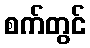
စက်တွင်